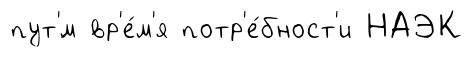
пут'́м вр'е́м'я потр'е́бност'и НАЭК